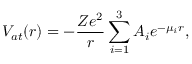
V _ { a t } ( r ) = - \frac { Z e ^ { 2 } } { r } \sum _ { i = 1 } ^ { 3 } A _ { i } e ^ { - \mu _ { i } r } ,